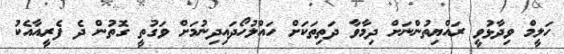
ހަލީމް ވިދާޅުވީ ރައްޔިތުންނަށް ދިމާވާ ދަތިތަކަށް ހައްލުހޯދައިދިނުމަށް ވަގުތީ ގޮތުން ދެ ފެރީއާއެކު